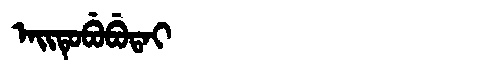
Manchu: ᠠᡳᡨᡠᠪᡠᠪᡠᡨᠠᡳ
Romanization: AITUBUBUTAI